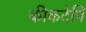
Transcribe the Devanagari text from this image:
कीकटेपि